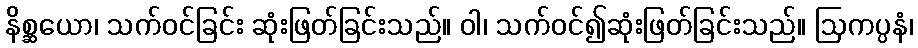
နိစ္ဆယော၊ သက်ဝင်ခြင်း ဆုံးဖြတ်ခြင်းသည်။ ဝါ၊ သက်ဝင်၍ဆုံးဖြတ်ခြင်းသည်။ ဩကပ္ပနံ၊